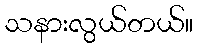
သနားလွယ်တယ်။